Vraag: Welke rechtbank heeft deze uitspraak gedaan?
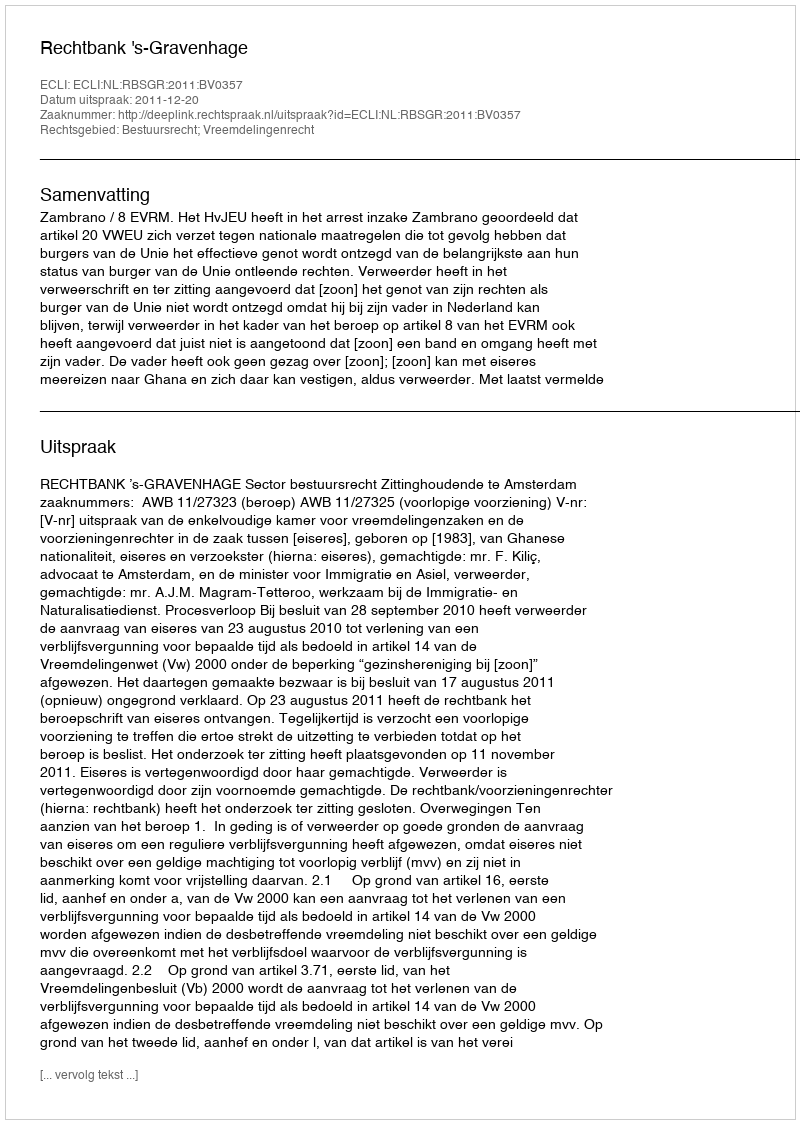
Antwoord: Rechtbank 's-Gravenhage